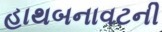
હાથબનાવટની